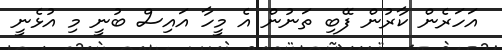
އަހަރެން ކާރުން ފޭބި ތަނުން އެ މީހާ އައިސް ބުނީ މި އުޅެނީ